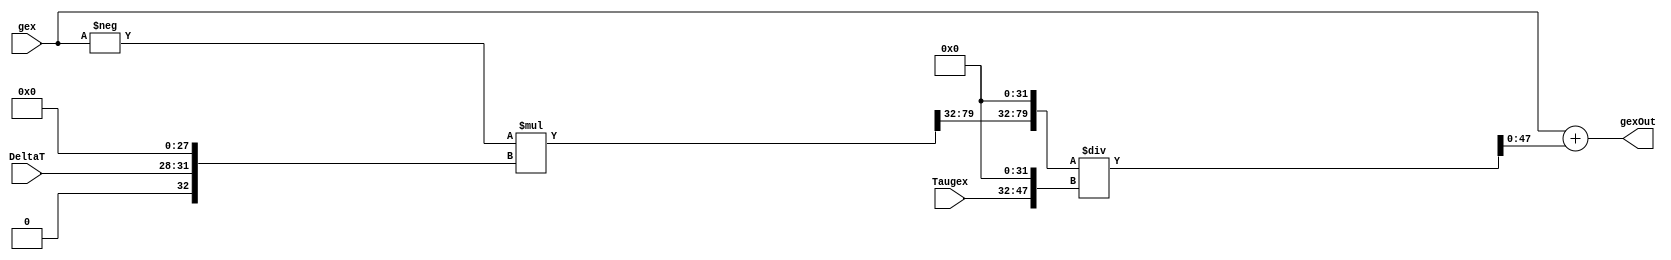
module GexLeakUnit
#(
	parameter INTEGER_WIDTH = 16, 
	parameter DATA_WIDTH_FRAC = 32,
	parameter DATA_WIDTH = INTEGER_WIDTH + DATA_WIDTH_FRAC, 
	parameter DELTAT_WIDTH = 4
)
(
	
	input wire signed [(DATA_WIDTH-1):0] gex,
	input wire signed [(DELTAT_WIDTH-1):0] DeltaT,
	input wire signed [(INTEGER_WIDTH-1):0] Taugex,
	

	output wire signed [(DATA_WIDTH-1):0] gexOut
);

 
	//Intermediate Values:
	wire signed [(INTEGER_WIDTH-1):0] MultResult_Int;
	wire signed [(DATA_WIDTH_FRAC-1):0] MultResult_Frac;
	wire signed [(DATA_WIDTH-1):0] DeltaT_Extended, MultResult, Taugex_Extended, Quotient;
	wire signed [(DATA_WIDTH + DATA_WIDTH_FRAC - 1):0] Dividend; 

	wire signed [(DATA_WIDTH-1):0] V1;
	wire signed [(2*DATA_WIDTH -1):0] V2;
	wire signed [(DATA_WIDTH + DATA_WIDTH_FRAC - 1):0] V3;


	//Wire Select and/or padding for Fixed-point Arithmetic
	assign DeltaT_Extended = {{INTEGER_WIDTH{1'b0}},DeltaT,{DATA_WIDTH_FRAC-DELTAT_WIDTH{1'b0}}};			//pad integer bits and rest of fractional bits 
	assign MultResult_Int = V2[(DATA_WIDTH + DATA_WIDTH_FRAC - 1):(DATA_WIDTH + DATA_WIDTH_FRAC - INTEGER_WIDTH)];	//take lower <INTEGER_WIDTH> integer bits of product
	assign MultResult_Frac = V2[(DATA_WIDTH + DATA_WIDTH_FRAC - INTEGER_WIDTH - 1):DATA_WIDTH_FRAC];		//take higher <DATA_WIDTH_FRAC> frac bits of product
	assign MultResult = {MultResult_Int,MultResult_Frac};								//concatenate to form product in given format
	assign Taugex_Extended = {Taugex,{DATA_WIDTH_FRAC{1'b0}}};							//pad fractional bits
	assign Dividend = {MultResult,{DATA_WIDTH_FRAC{1'b0}}};								//shift by all decimal places before division
	assign Quotient = V3[(DATA_WIDTH-1):0];										//take lower <DATA_WIDTH> bits of Division result



	//Combinational Computation
	assign V1 = -gex;
	assign V2 = V1*DeltaT_Extended;
	assign V3 = Dividend/Taugex_Extended;
	assign gexOut = gex + Quotient;



endmodule